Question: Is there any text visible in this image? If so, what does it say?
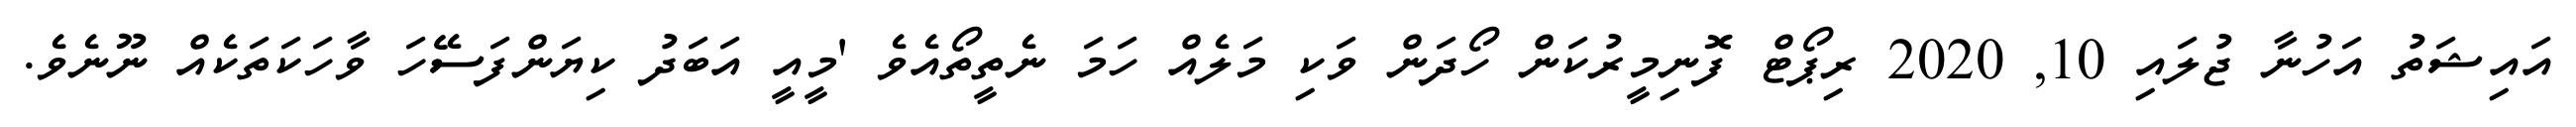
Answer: އައިޝަތު އަހުނާ ޖުލައި 10, 2020 ރިޕޯޓް ފޮނިމީރުކަން ހޯދަން ވަކި މަލެއް ހަމަ ނެތީތޯއެވެ 'މީއީ އަބަދު ކިޔަންފަސޭހަ ވާހަކަތަކެއް ނޫނެވެ.